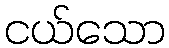
ငယ်သော